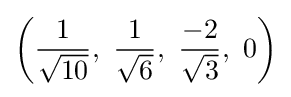
\left({\frac {1}{\sqrt {10}}},\ {\frac {1}{\sqrt {6}}},\ {\frac {-2}{\sqrt {3}}},\ 0\right)